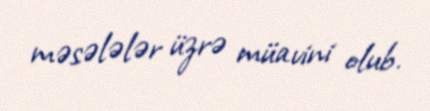
məsələlər üzrə müavini olub.